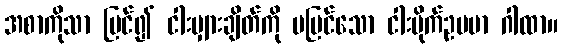
အစာကိုသာ မြင်၍ ငါးမျှားချိတ်ကို မမြင်သော ငါးမိုက်ဥပမာ ဂါထာ။